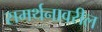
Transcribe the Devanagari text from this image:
समर्थनावरील